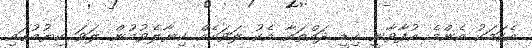
އެކަމަކު އެންމެ އުފާވާނީ ކިޑީ ދައްތައާ އެކު ލަވައެއް ކިޔާލެވުމުން ލަވަ ކިޔުމުގައި